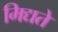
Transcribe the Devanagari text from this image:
मिद्यते